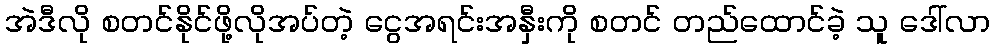
အဲဒီလို စတင်နိုင်ဖို့လိုအပ်တဲ့ ငွေအရင်းအနှီးကို စတင် တည်ထောင်ခဲ့ သူ ဒေါ်လာ